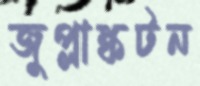
জুপ্লাঙ্কটন